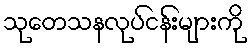
သုတေသနလုပ်ငန်းများကို